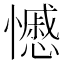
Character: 𭟍